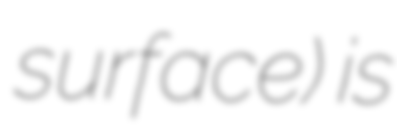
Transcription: surface) is